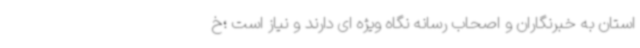
استان به خبرنگاران و اصحاب رسانه نگاه ویژه ای دارند و نیاز است ؛خ